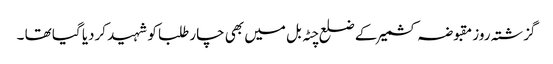
گزشتہ روز مقبوضہ کشمیر کے ضلع چٹہ بل میں بھی چار طلبا کو شہید کردیا گیا تھا ۔